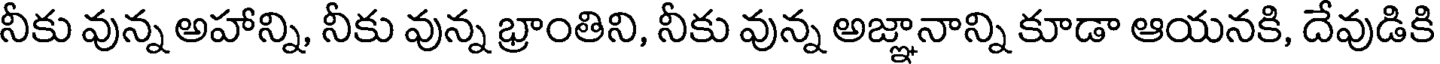
నీకు వున్న అహాన్ని, నీకు వున్న భ్రాంతిని, నీకు వున్న అజ్ఞానాన్ని కూడా ఆయనకి, దేవుడికి